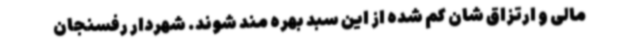
مالی و ارتزاق شان کم شده از این سبد بهره مند شوند. شهردار رفسنجان